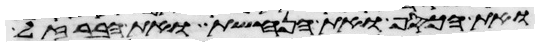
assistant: ואת הכסף ואת הנחשת ואת הברזל